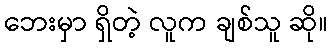
ဘေးမှာ ရှိတဲ့ လူက ချစ်သူ ဆို။